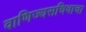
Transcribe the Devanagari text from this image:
वाणिज्यसचिवाचा